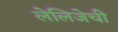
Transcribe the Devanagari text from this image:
लेलिजेची